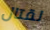
لقتال